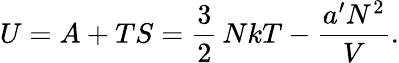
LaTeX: U=A+TS={\frac{3}{2}}\, NkT-{\frac{a^{\prime}N^{2}}{V}}.